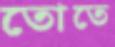
তোতে